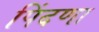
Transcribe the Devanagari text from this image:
पिंदणा